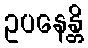
ဥပနေန္တိ